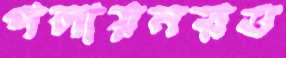
পলায়নরত